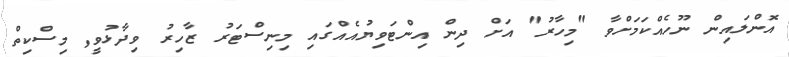
އޮންލައިން ނޫހެއްކަމަށްވާ "މިހާރު" އަށް ދިން އިންޓަވިޔުއެއްގައި މިނިސްޓަރު ޒާހިރު ވިދާޅުވީ